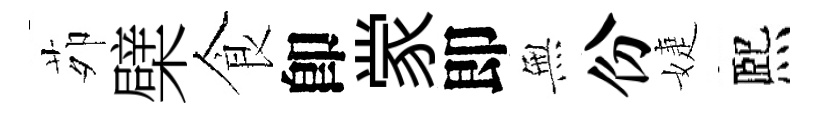
茆檗食卽䝉即𭴾份婕熈